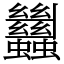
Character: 蠿